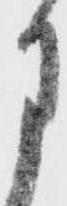
月